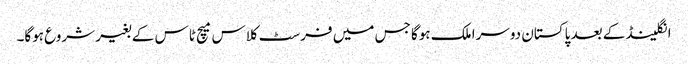
انگلینڈ کے بعد پاکستان دوسرا ملک ہوگا جس میں فرسٹ کلاس میچ ٹاس کے بغیر شروع ہوگا۔